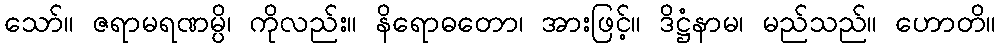
သော်။ ဇရာမရဏမ္ပိ၊ ကိုလည်း။ နိရောဓတော၊ အားဖြင့်။ ဒိဋ္ဌံနာမ၊ မည်သည်။ ဟောတိ။